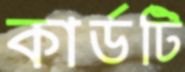
কার্ডটি